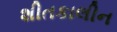
શીતકાલીન